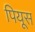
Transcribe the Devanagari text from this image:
पियूस